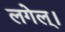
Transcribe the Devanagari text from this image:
लगेल्।